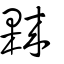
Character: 𣛤